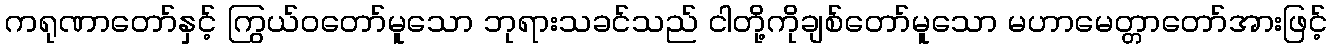
ကရုဏာတော်နှင့် ကြွယ်ဝတော်မူသော ဘုရားသခင်သည် ငါတို့ကိုချစ်တော်မူသော မဟာမေတ္တာတော်အားဖြင့်